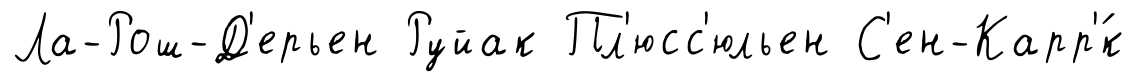
Ла-Рош-Д'ерьен Руйак Пл'юсс'юльен С'ен-Карр'́к